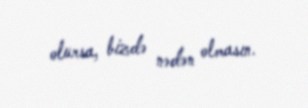
olursa, bizdə nədən olmasın.